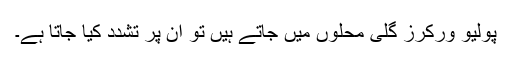
پولیو ورکرز گلی محلوں میں جاتے ہیں تو ان پر تشدد کیا جاتا ہے۔